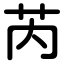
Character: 芮